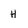
Character: H